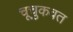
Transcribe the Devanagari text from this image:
चूचुकवत